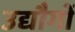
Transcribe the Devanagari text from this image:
उद्यौगों